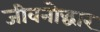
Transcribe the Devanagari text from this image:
जीवनोद्धार